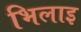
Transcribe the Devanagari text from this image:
भिलाइ